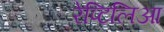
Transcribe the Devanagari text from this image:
रेप्टिलिआ